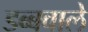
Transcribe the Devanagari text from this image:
डब्बवाले